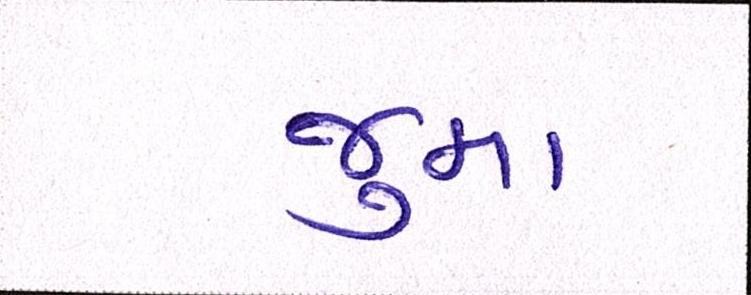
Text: જુમા